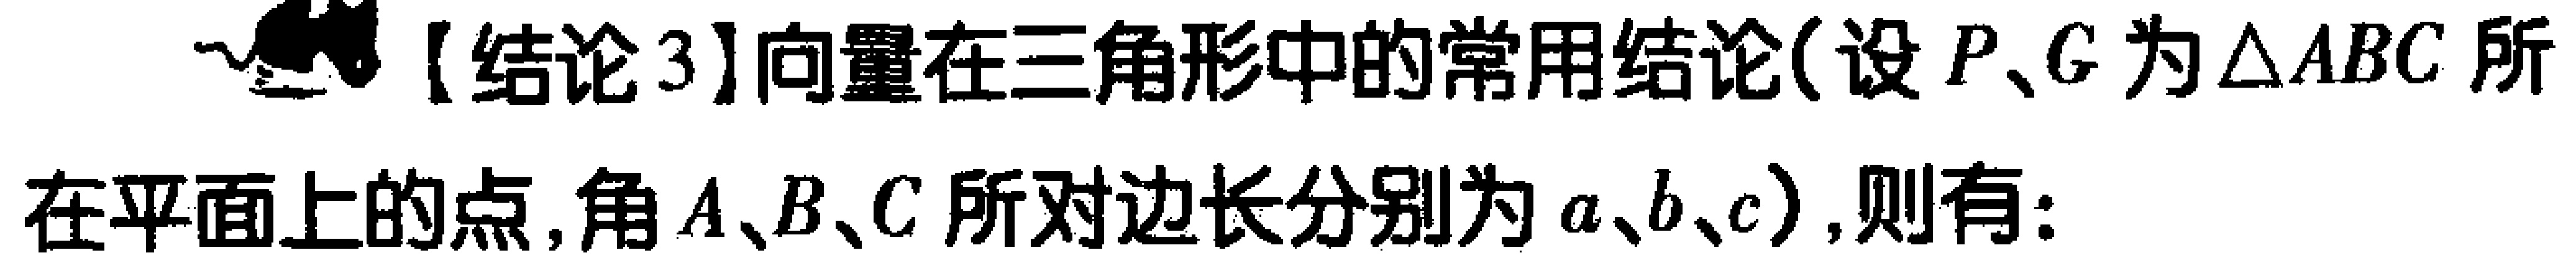
【结论3】向量在三角形中的常用结论(设 \(P、G\) 为 \(\triangle ABC\) 所
在平面上的点,角 \(A、B、C\) 所对边长分别为 \(a、b、c\)),则有: